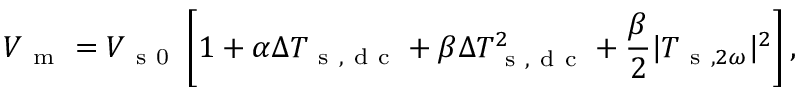
V _ { \mathrm { ~ m ~ } } = V _ { \mathrm { ~ s ~ 0 ~ } } \left[ 1 + \alpha \Delta T _ { \mathrm { ~ s ~ , ~ d ~ c ~ } } + \beta \Delta T _ { \mathrm { ~ s ~ , ~ d ~ c ~ } } ^ { 2 } + \frac { \beta } { 2 } | T _ { \mathrm { ~ s ~ } , 2 \omega } | ^ { 2 } \right] { , }